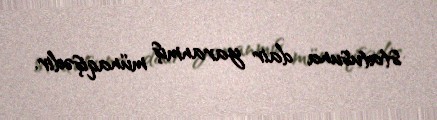
statusuna dair yaranmış münaqişədir.